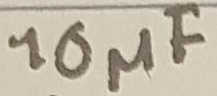
Text: 10µF